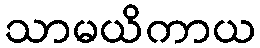
သာမယိကာယ